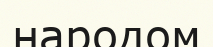
народом